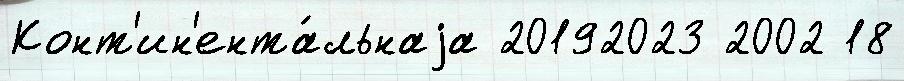
Конт'ин'ента́льнаjа 20192023 2002 18